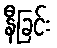
နီခြင်း